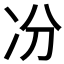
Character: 𠖲